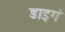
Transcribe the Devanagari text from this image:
डाइगं